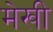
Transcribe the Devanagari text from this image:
मेखी